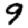
Digit: 9